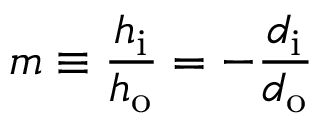
m \equiv { \frac { h _ { \mathrm { i } } } { h _ { \mathrm { o } } } } = - { \frac { d _ { \mathrm { i } } } { d _ { \mathrm { o } } } }